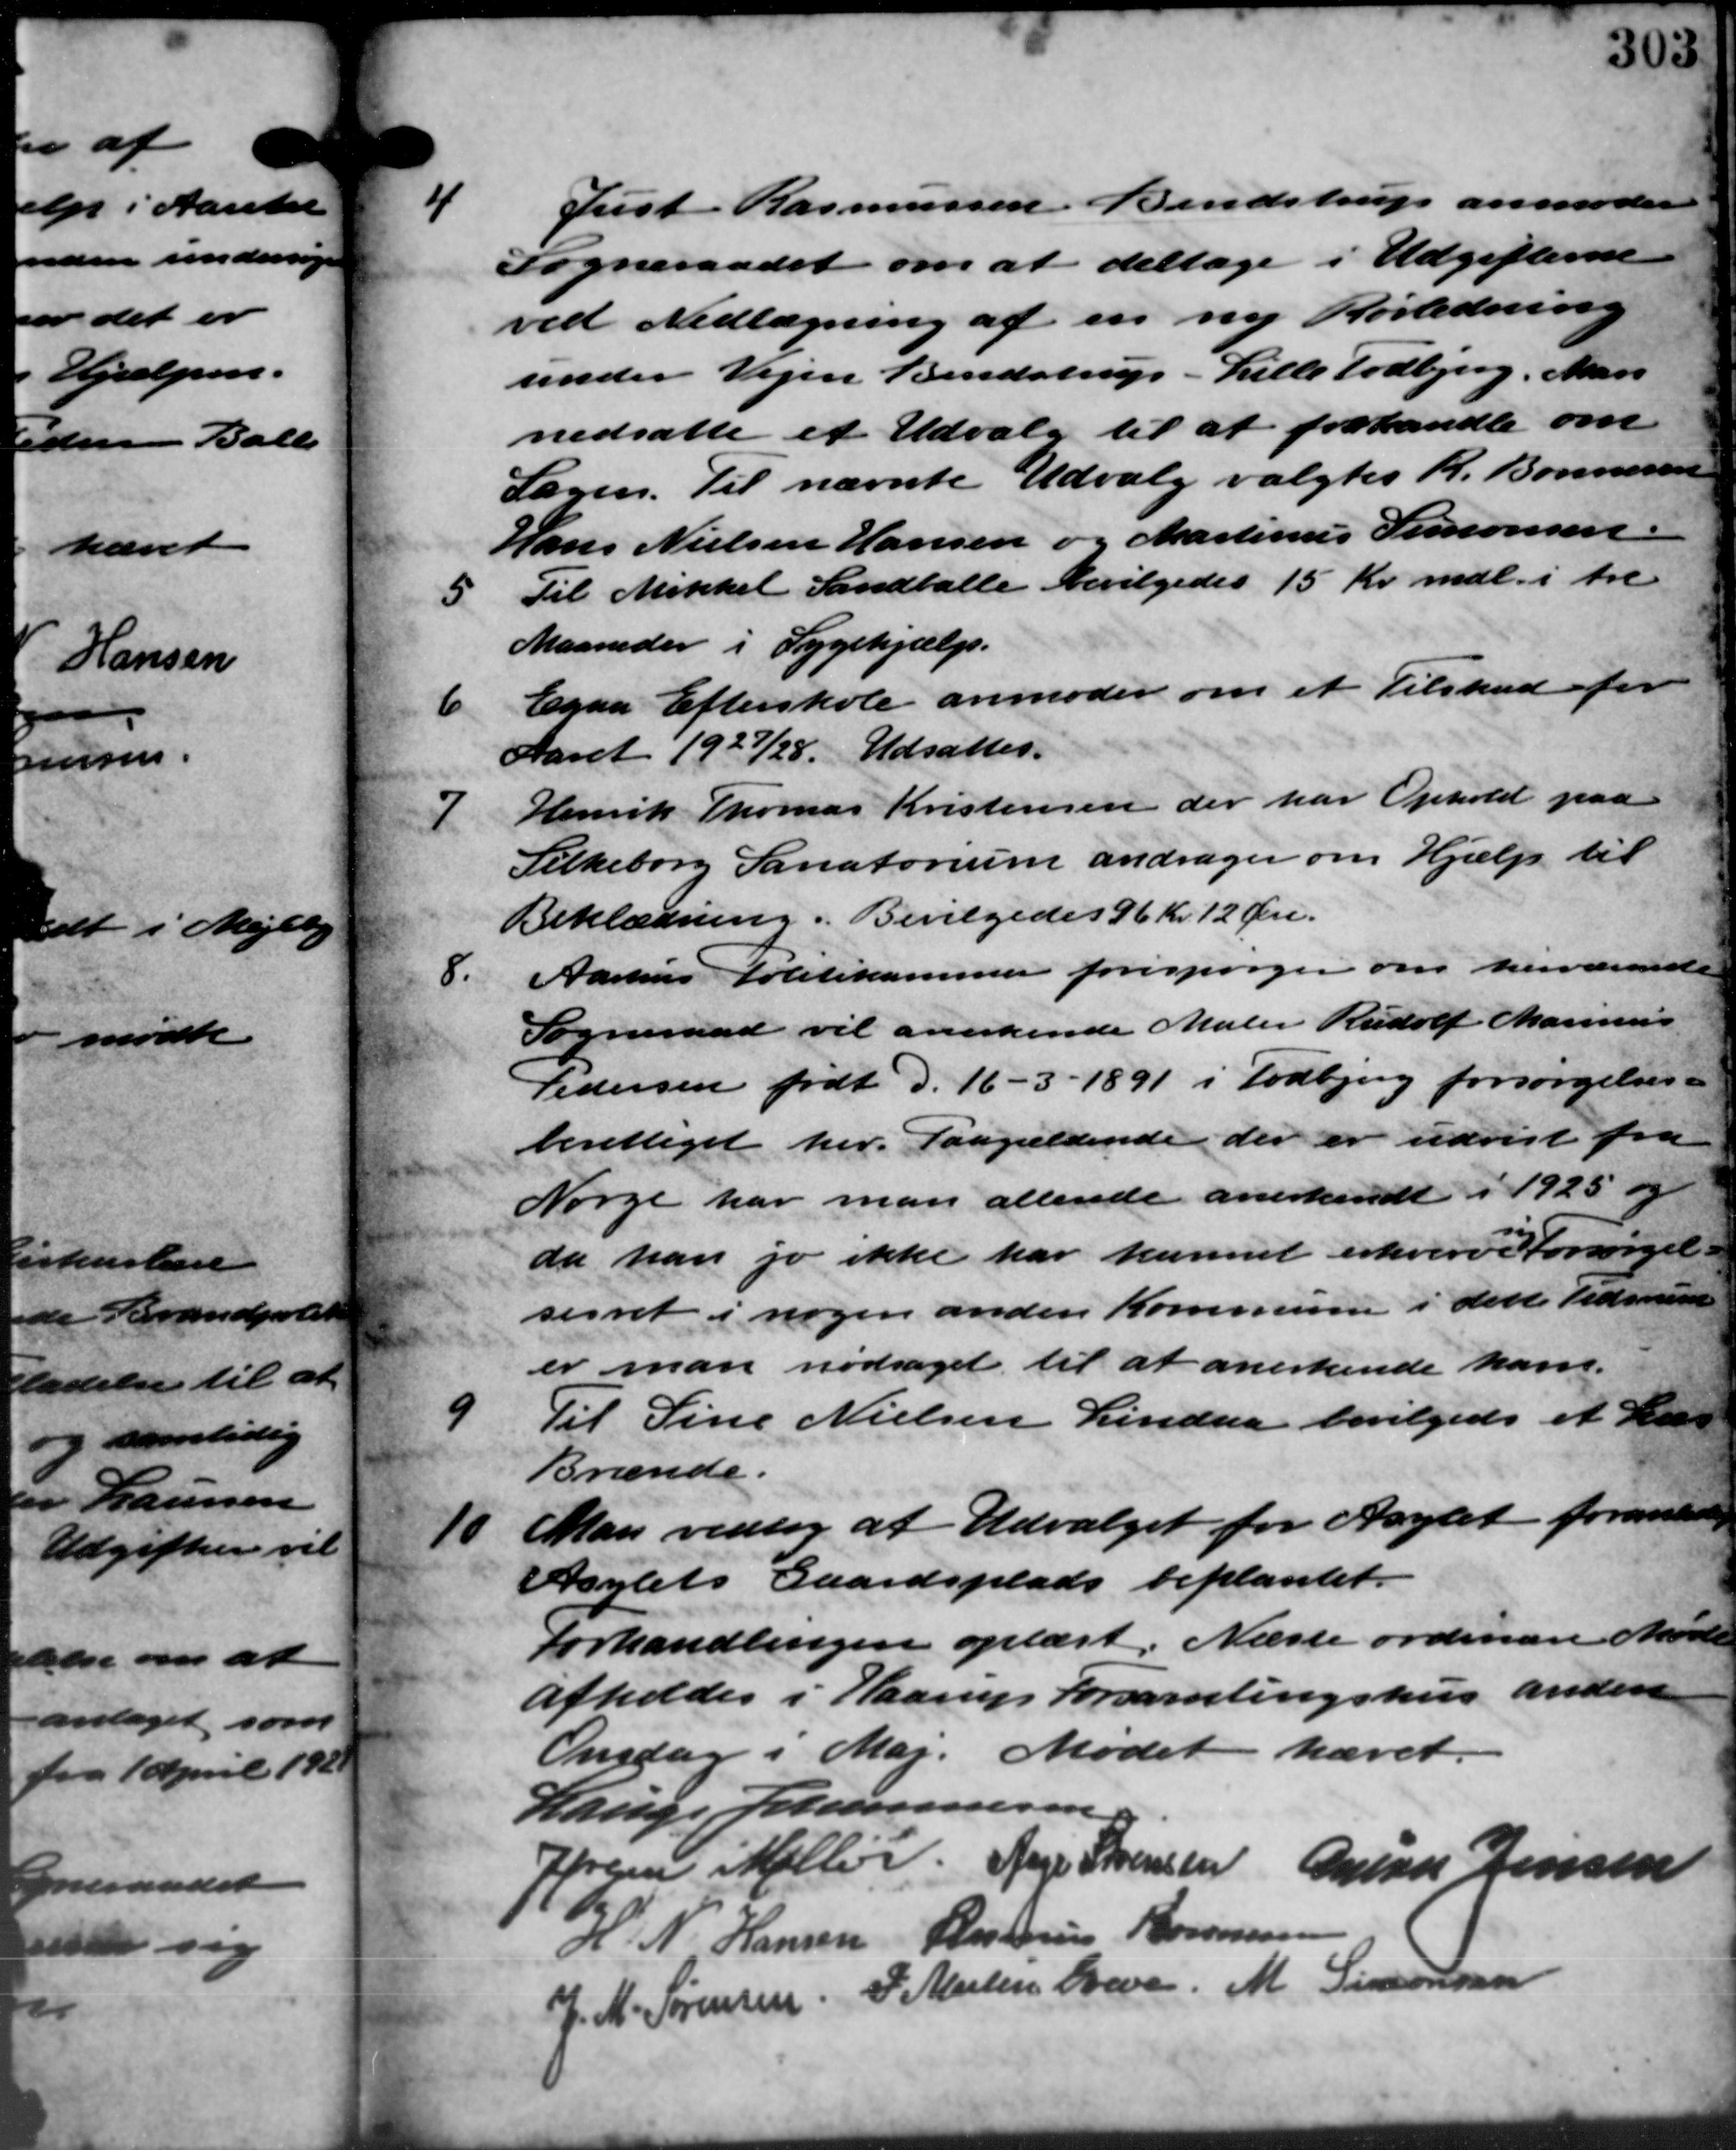
Transskription:
4
Just Rasmussen Bendstrup anmoder
Sogneraadet om at deltage i Udgifterne
ved Nedlægning af en ny Rørledning
under Vejen Bendstrup - Lille Todbjerg. Nars
nedsatte et Udvalg til at forhandle om
Sagen. Til nævnte Udvalg valgtes R. Bonnesen
Hans Nielsen Hansen og Martinus Simonsen.
5
Til Mikkel Sandballe bevilgedes 15 Kr. mdl. i tre
Maaneder i Sygehjælp.
6
Egaa Efterskole anmoder om et Tilskud for
Aaret 1927/28. Udsattes.
7
Henrik Thomas Kristensen der har Ophold paa
Silkeborg Sanatorium andrager om Hjælp til
Beklædning. Bevilgedes 96 Kr. 12 Øre.
8.
Aarhus Politikammer forespørger om herværende
Sogneraad vil anerkende Maler Rudolf Marinus
Pedersen født d. 16 – 3 – 1891 i Todbjerg forsørgelses-
berettiget her. Paagældende der er udvist fra
Norge har man allende anerkendt i 1925 og
da han jo ikke har kunnet erhverv Forsørgel-
sesret i nogen anden Kommunen i dette Tidende
er man nødsaget til at anerkende kar.
9
Til Sine Nielsen Lindaa bevilgedes et Laan
Brænde.
10
Man vedtog at Udvalget for Asylet foranledninge
Asylets Gaardsplads beplantet.
Forhandlingen oplæst. Næste ordinære Møde
afholdes i Haarup Forsamlingshus anden
Onsdag i Maj. Mødet hævet.
Lauge Johannesen
Jørgen Møller Aage Sørensen Grad Jensen
H. N. Hansen Rasmus Tomusen
J. M. Sørensen. P. Martin Greve M. Simonsen